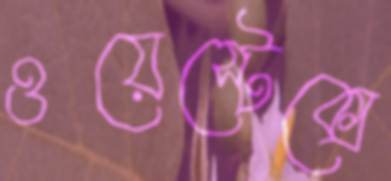
ওয়েস্টেক্সে